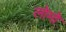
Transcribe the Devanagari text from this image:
लोमो